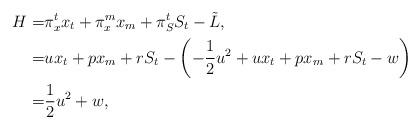
LaTeX: \begin{align*}H=&\pi^t_x x_t+\pi^m_x x_m+\pi^t_S S_t-\tilde{L},\\=&u x_t+px_m+rS_t-\left(-\frac{1}{2} u^2+u x_t+px_m+r S_t-w\right)\\=&\frac{1}{2} u^2+w, \end{align*}